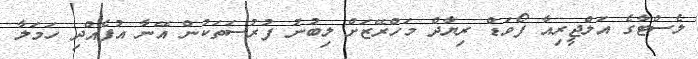
ލެސްޓާގެ އަލްޖީރިއާ ފޯވަޑް ރިޔާދް މަހްރޭޒަށް ލިބުނު ފުރުސަތަކުން އޭނާ އުފެއްދި ހަމަލާ